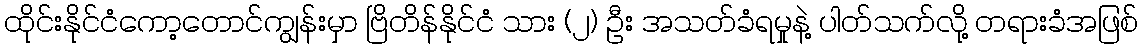
ထိုင်းနိုင်ငံကော့တောင်ကျွန်းမှာ ဗြိတိန်နိုင်ငံ သား (၂) ဦး အသတ်ခံရမှုနဲ့ ပါတ်သက်လို့ တရားခံအဖြစ်